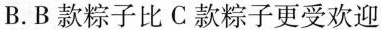
B.B款粽子比C款粽子更受欢迎